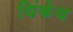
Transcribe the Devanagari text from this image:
थिंकेथ